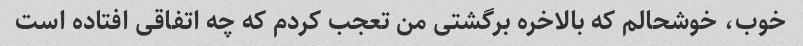
خوب، خوشحالم که بالاخره برگشتی من تعجب کردم که چه اتفاقی افتاده است